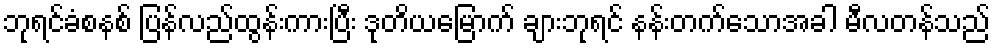
ဘုရင်ခံစနစ် ပြန်လည်ထွန်းကားပြီး ဒုတိယမြောက် ချားဘုရင် နန်းတက်သောအခါ မီလတန်သည်